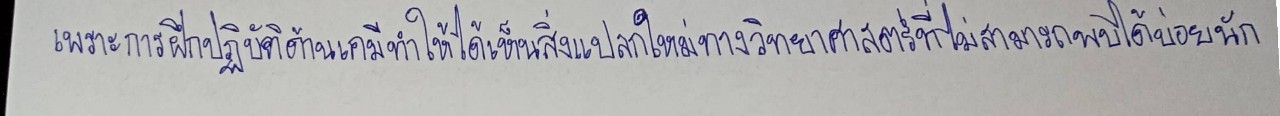
เพราะการฝึกปฏิบัติด้านเคมีทำให้ได้เห็นสิ่งแปลกใหม่ทางวิทยาศาสตร์ที่ไม่สามารถพบได้บ่อยนัก